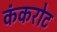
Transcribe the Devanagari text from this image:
कंकरोट